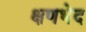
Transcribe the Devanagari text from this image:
क्षणभेद